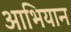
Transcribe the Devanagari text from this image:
आभियान